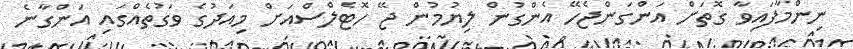
ނިންމާފައިވާ ގޮތަށް އަންގަންޖެހޭ އެންގުން ލިޔުމުން ޖޭ ހޮޓެލްސްއަށް މިއަދުގެ ވަގުތެއްގައި އަންގާނެ